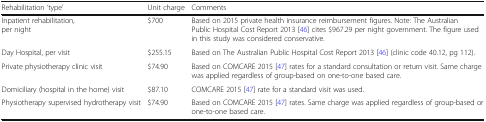
<table><thead><tr><td><b>Rehabilitation ‘type’</b></td><td><b>Unit charge</b></td><td><b>Comments</b></td></tr></thead><tbody><tr><td>Inpatient rehabilitation, per night</td><td>$700</td><td>Based on 2015 private health insurance reimbursement figures. Note: The Australian Public Hospital Cost Report 2013 [46] cites $967.29 per night government. The figure used in this study was considered conservative.</td></tr><tr><td>Day Hospital, per visit</td><td>$255.15</td><td>Based on The Australian Public Hospital Cost Report 2013 [46] (clinic code 40.12, pg 112).</td></tr><tr><td>Private physiotherapy clinic visit</td><td>$74.90</td><td>Based on COMCARE 2015 [47] rates for a standard consultation or return visit. Same charge was applied regardless of group-based on one-to-one based care.</td></tr><tr><td>Domiciliary (hospital in the home) visit</td><td>$87.10</td><td>COMCARE 2015 [47] rate for a standard visit was used.</td></tr><tr><td>Physiotherapy supervised hydrotherapy visit</td><td>$74.90</td><td>Based on COMCARE 2015 [47] rates. Same charge was applied regardless of group-based or one-to-one based care.</td></tr></tbody></table>